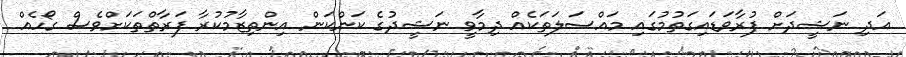
އަދި ނަޝީދަށް ފުރާވަޑައިގަތުމުގައި މައްސަލަތަކެއް ދިމާވީ ނަޝީދުގެ ކަންކަން އިންތިޒާމުކުރާ ފަރާތްތަކަށްވެސް ގޯހެއް